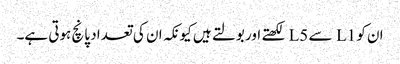
ان کو L1 سے L5 لکھتے اور بولتے ہیں کیونکہ ان کی تعداد پانچ ہوتی ہے۔